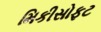
મિકીસોફટ